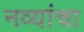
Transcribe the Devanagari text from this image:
नव्यांचा